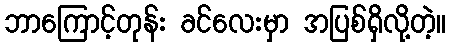
ဘာကြောင့်တုန်း ခင်လေးမှာ အပြစ်ရှိလို့တဲ့။